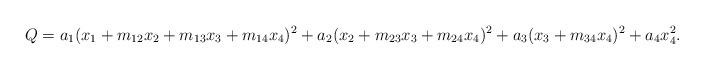
LaTeX: \begin{align*}Q = a_{1} (x_{1} + m_{12} x_{2} + m_{13} x_{3} + m_{14} x_{4})^{2}+ a_{2} (x_{2} + m_{23} x_{3} + m_{24} x_{4})^{2} + a_{3} (x_{3} + m_{34} x_{4})^{2}+ a_{4} x_{4}^{2}.\end{align*}